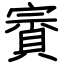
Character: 賨